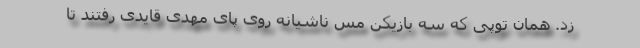
زد. همان توپی که سه بازیکن مس ناشیانه روی پای مهدی قایدی رفتند تا